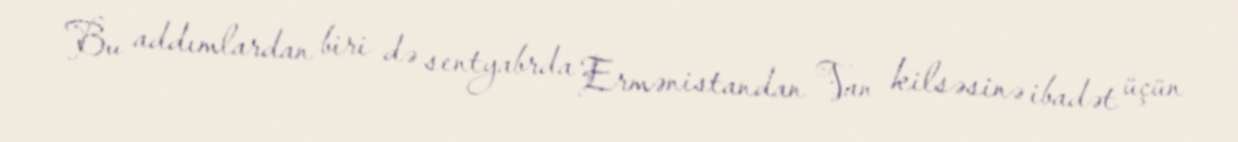
Bu addımlardan biri də sentyabrda Ermənistandan Van kilsəsinə ibadət üçün